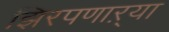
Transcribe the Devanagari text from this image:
झिरपणाऱ्या